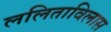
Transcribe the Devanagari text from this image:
ललिताविलास